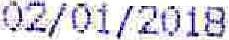
02/01/2018